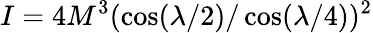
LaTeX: I=4M^{3}(\cos(\lambda/2)/\cos(\lambda/4))^{2}